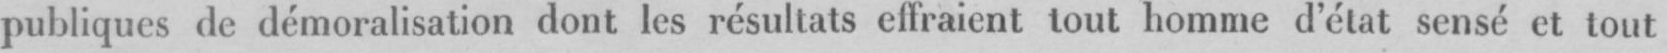
publiques de démoralisation dont les résultats effraient tout homme d’état sensé et tout